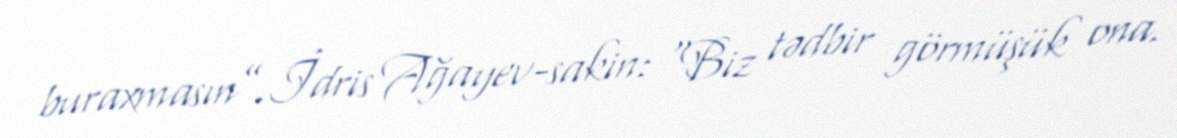
buraxmasın”.İdris Ağayev-sakin: “Biz tədbir görmüşük ona.